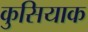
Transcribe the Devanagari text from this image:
कुसियाक